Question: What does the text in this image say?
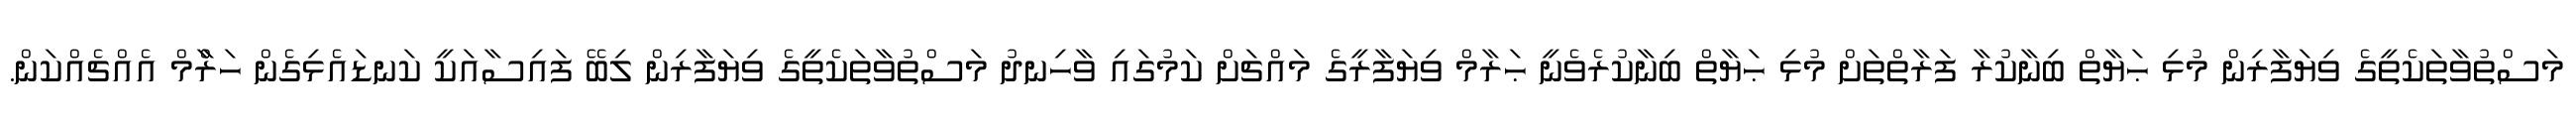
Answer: މަސްތުވާތަކެތީގެ ވިޔަފާރިން މުޅި ޙަޔާތް ބިނާކުރާ ފަރާތްތަށް މުޅި ޙަޔާތް ބިނާކުރެވެނީ ޙަރާމް ވިޔަފާރީގެ މައްޗަށް ކަމުގައި ވާހިނދު މަސްތުވާތަކެތީގެ ވިޔަފާރިން ލިބޭ ފައިސާއަކީ ކަނޑައެޅިގެން ހަރާްމް އެއްޗެއްކަން.